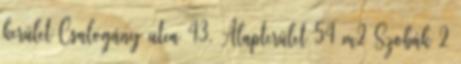
kerület Csalogány utca 43. Alapterület 54 m2 Szobák 2